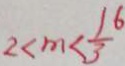
2 < m < \frac { 1 6 } { 3 }